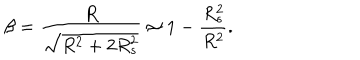
\beta = { \frac { R } { \sqrt { R ^ { 2 } + 2 R _ { s } ^ { 2 } } } } \approx 1 - { \frac { R _ { s } ^ { 2 } } { R ^ { 2 } } } .